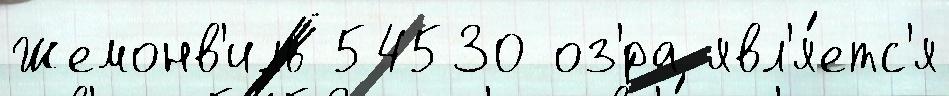
Жемонв'иль 54530 оз'́ра явл'я́етс'я